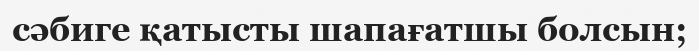
сәбиге қатысты шапағатшы болсын;